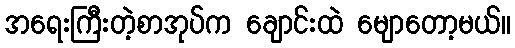
အရေးကြီးတဲ့စာအုပ်က ချောင်းထဲ မျောတော့မယ်။